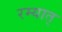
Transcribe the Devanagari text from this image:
रम्यात्